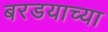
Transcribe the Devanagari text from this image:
बरडयाच्या